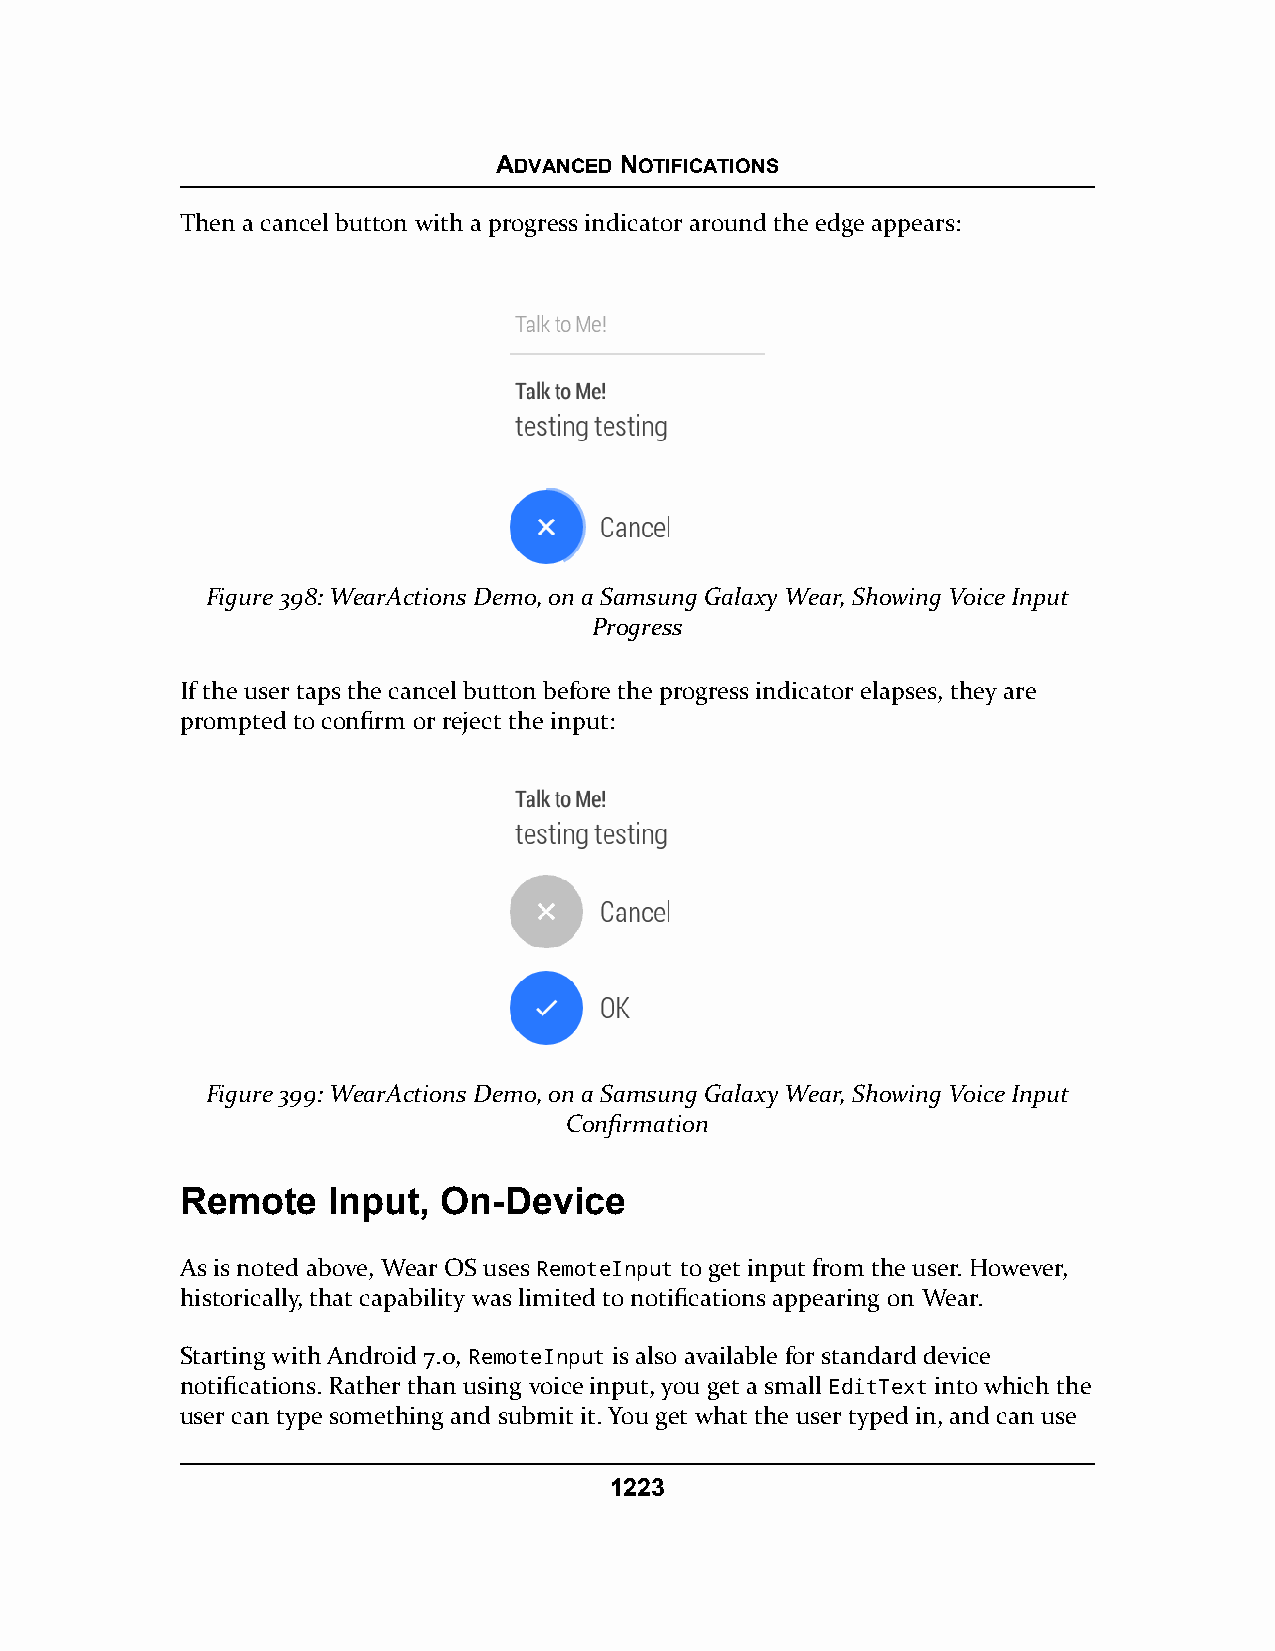
ADVANCED NOTIFICATIONS
 Then a cancel button with a progress indicator around the edge appears:
 Figure 398: WearActions Demo, on a Samsung Galaxy Wear, Showing Voice Input
 Progress
 If the user taps the cancel button before the progress indicator elapses, they are
 prompted to confirm or reject the input:
 Figure 399: WearActions Demo, on a Samsung Galaxy Wear, Showing Voice Input
 Confirmation
 Remote    Input, On-Device
 As is noted above, Wear OS uses RemoteInput to get input from the user. However,
 historically, that capability was limited to notifications appearing on Wear.
 Starting with Android 7.0, RemoteInput is also available for standard device
 notifications. Rather than using voice input, you get a small EditText into which the
 user can type something and submit it. You get what the user typed in, and can use
 1223